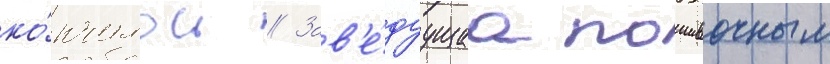
ко́нчилось // Зав'е́дуущаа пошивочным